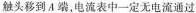
触头移到A端。电流表中一定无电流通过